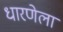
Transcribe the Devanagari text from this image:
धारणेला